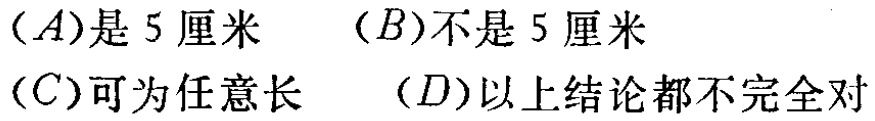
$(A)是5厘米\ \ (B)不是5厘米$

$(C)可为任意长\ \ (D)以上结论都不完全对$